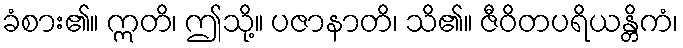
ခံစား၏။ ဣတိ၊ ဤသို့။ ပဇာနာတိ၊ သိ၏။ ဇီဝိတပရိယန္တိကံ၊